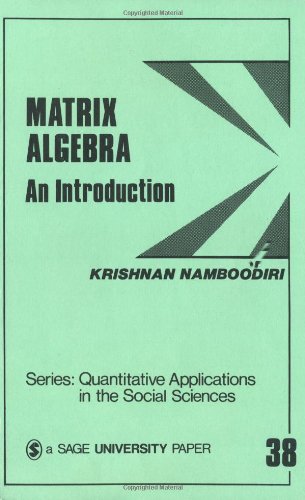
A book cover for Matrix Algebra: An Introduction (Quantitative Applications in the Social Sciences); Krishnan Namboodiri; Science & Math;